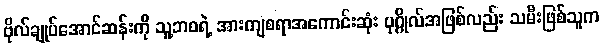
ဗိုလ်ချုပ်အောင်ဆန်းကို သူ့ဘဝရဲ့ အားကျစရာအကောင်းဆုံး ပုဂ္ဂိုလ်အဖြစ်လည်း သမီးဖြစ်သူက